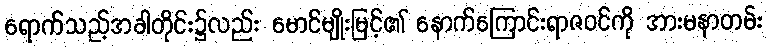
ရောက်သည့်အခါတိုင်း၌လည်း မောင်မျိုးမြင့်၏ နောက်ကြောင်းရာဇဝင်ကို အားမနာတမ်း